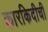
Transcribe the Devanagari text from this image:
कारकिदीची